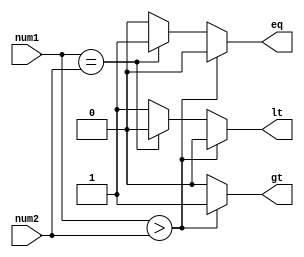
module signed_magnitude_comparator (
    input signed [7:0] num1,
    input signed [7:0] num2,
    output reg gt, //greater than
    output reg eq, //equal to
    output reg lt // less than
);

always @(*)
begin
    if(num1 > num2) begin
        gt = 1;
        eq = 0;
        lt = 0;
    end
    else if(num1 == num2) begin
        gt = 0;
        eq = 1;
        lt = 0;
    end
    else begin
        gt = 0;
        eq = 0;
        lt = 1;
    end
end

endmodule